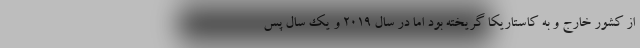
از کشور خارج و به کاستاریکا گریخته بود اما در سال 2019 و یک سال پس